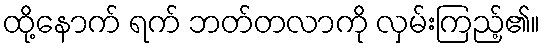
ထို့နောက် ရက် ဘတ်တလာကို လှမ်းကြည့်၏။